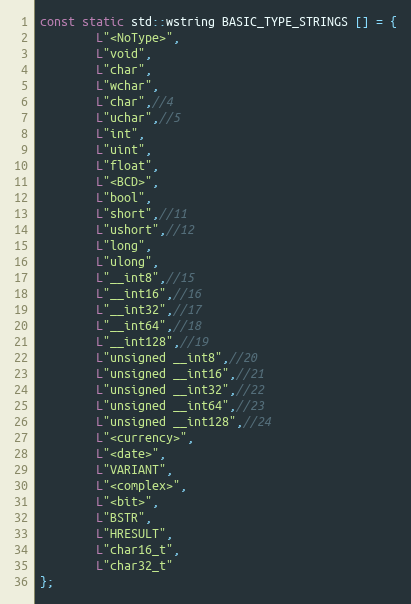
Language: C++
const static std::wstring BASIC_TYPE_STRINGS [] = {
		L"<NoType>",
		L"void",
		L"char",
		L"wchar",
		L"char",//4
		L"uchar",//5
		L"int",
		L"uint",
		L"float",
		L"<BCD>",
		L"bool",
		L"short",//11
		L"ushort",//12
		L"long",
		L"ulong",
		L"__int8",//15
		L"__int16",//16
		L"__int32",//17
		L"__int64",//18
		L"__int128",//19
		L"unsigned __int8",//20
		L"unsigned __int16",//21
		L"unsigned __int32",//22
		L"unsigned __int64",//23
		L"unsigned __int128",//24
		L"<currency>",
		L"<date>",
		L"VARIANT",
		L"<complex>",
		L"<bit>",
		L"BSTR",
		L"HRESULT",
		L"char16_t",
		L"char32_t"
};